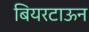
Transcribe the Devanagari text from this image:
बियरटाऊन